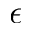
\epsilon